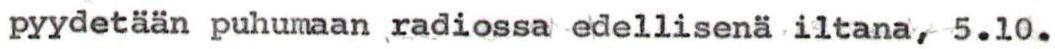
pyydetään puhumaan radiossa edellisenä iltana, 5.10.